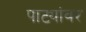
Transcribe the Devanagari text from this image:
पाट्यांवर